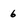
Character: 6